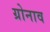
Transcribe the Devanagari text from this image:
ग्रोनाव